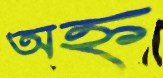
অহ্ন